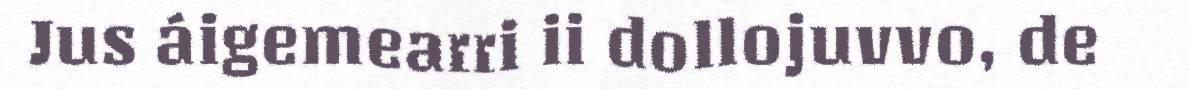
Jus áigemearri ii dollojuvvo, de